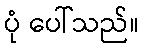
ပုံ ပေါ်သည်။